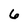
Character: 6